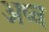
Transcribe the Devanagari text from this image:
अष्व